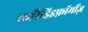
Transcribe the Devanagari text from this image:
कारैड्रिइफ़ॉर्मीज़